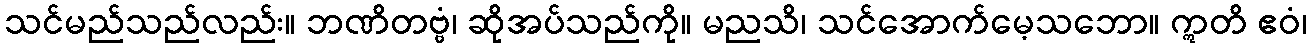
သင်မည်သည်လည်း။ ဘဏိတဗ္ဗံ၊ ဆိုအပ်သည်ကို။ မညသိ၊ သင်အောက်မေ့သဘော။ ဣတိ ဧဝံ၊